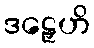
ဒဠှေဟိ